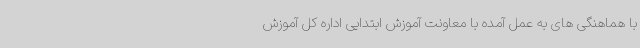
با هماهنگی های به عمل آمده با معاونت آموزش ابتدایی اداره کل آموزش